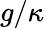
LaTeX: g/\kappa